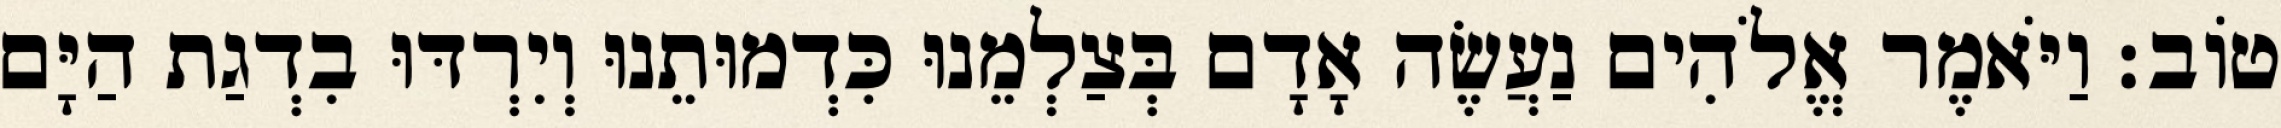
טֹוב׃ וַיֹּאמֶר אֱלֹהִים נַעֲשֶׂה אָדָם בְּצַלְמֵנוּ כִּדְמוּתֵנוּ וְיִרְדּוּ בִדְגַת הַיָּם